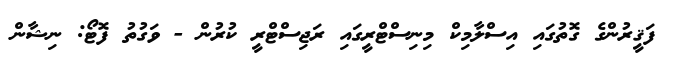
ފަޤީރުންގެ ގޮތުގައި އިސްލާމިކް މިނިސްޓްރީގައި ރަޖިސްޓްރީ ކުރުން - ވަގުތު ފޮޓޯ: ނިޝާން